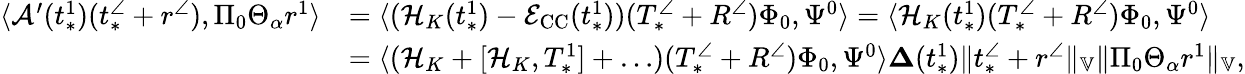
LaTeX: \begin{array}{rl}{\langle\mathcal{A}^{\prime}(t_{*}^{1})(t_{*}^{\angle}+r^{\angle}),\Pi_{0}\Theta_{\alpha}r^{1}\rangle}&{=\langle(\mathcal{H}_{K}(t_{*}^{1})-\mathcal{E}_{\mathrm{CC}}(t_{*}^{1}))(T_{*}^{\angle}+R^{\angle})\Phi_{0},\Psi^{0}\rangle=\langle\mathcal{H}_{K}(t_{*}^{1})(T_{*}^{\angle}+R^{\angle})\Phi_{0},\Psi^{0}\rangle}\\ &{=\langle(\mathcal{H}_{K}+[\mathcal{H}_{K},T_{*}^{1}]+\ldots)(T_{*}^{\angle}+R^{\angle})\Phi_{0},\Psi^{0}\rangle\le\Delta(t_{*}^{1})\| t_{*}^{\angle}+r^{\angle}\| _{\mathbb{V}}\| \Pi_{0}\Theta_{\alpha}r^{1}\| _{\mathbb{V}},}\end{array}